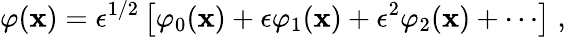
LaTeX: \varphi(\mathbf{x})=\epsilon^{1/2}\left\lbrack\varphi_{0}(\mathbf{x})+\epsilon\varphi_{1}(\mathbf{x})+\epsilon^{2}\varphi_{2}(\mathbf{x})+\cdots\right\rbrack\; ,